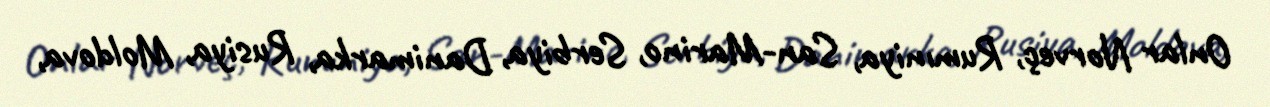
Onlar Norveç, Rumıniya, San-Marino, Serbiya, Danimarka, Rusiya, Moldova,